Bréfritari: Andrés Kjerúlf
Viðtakandi: Jón Borgfirðings Jónsson
Dagsetning: A-1860-09-30
Skrifað á: Melum  N-Múl.

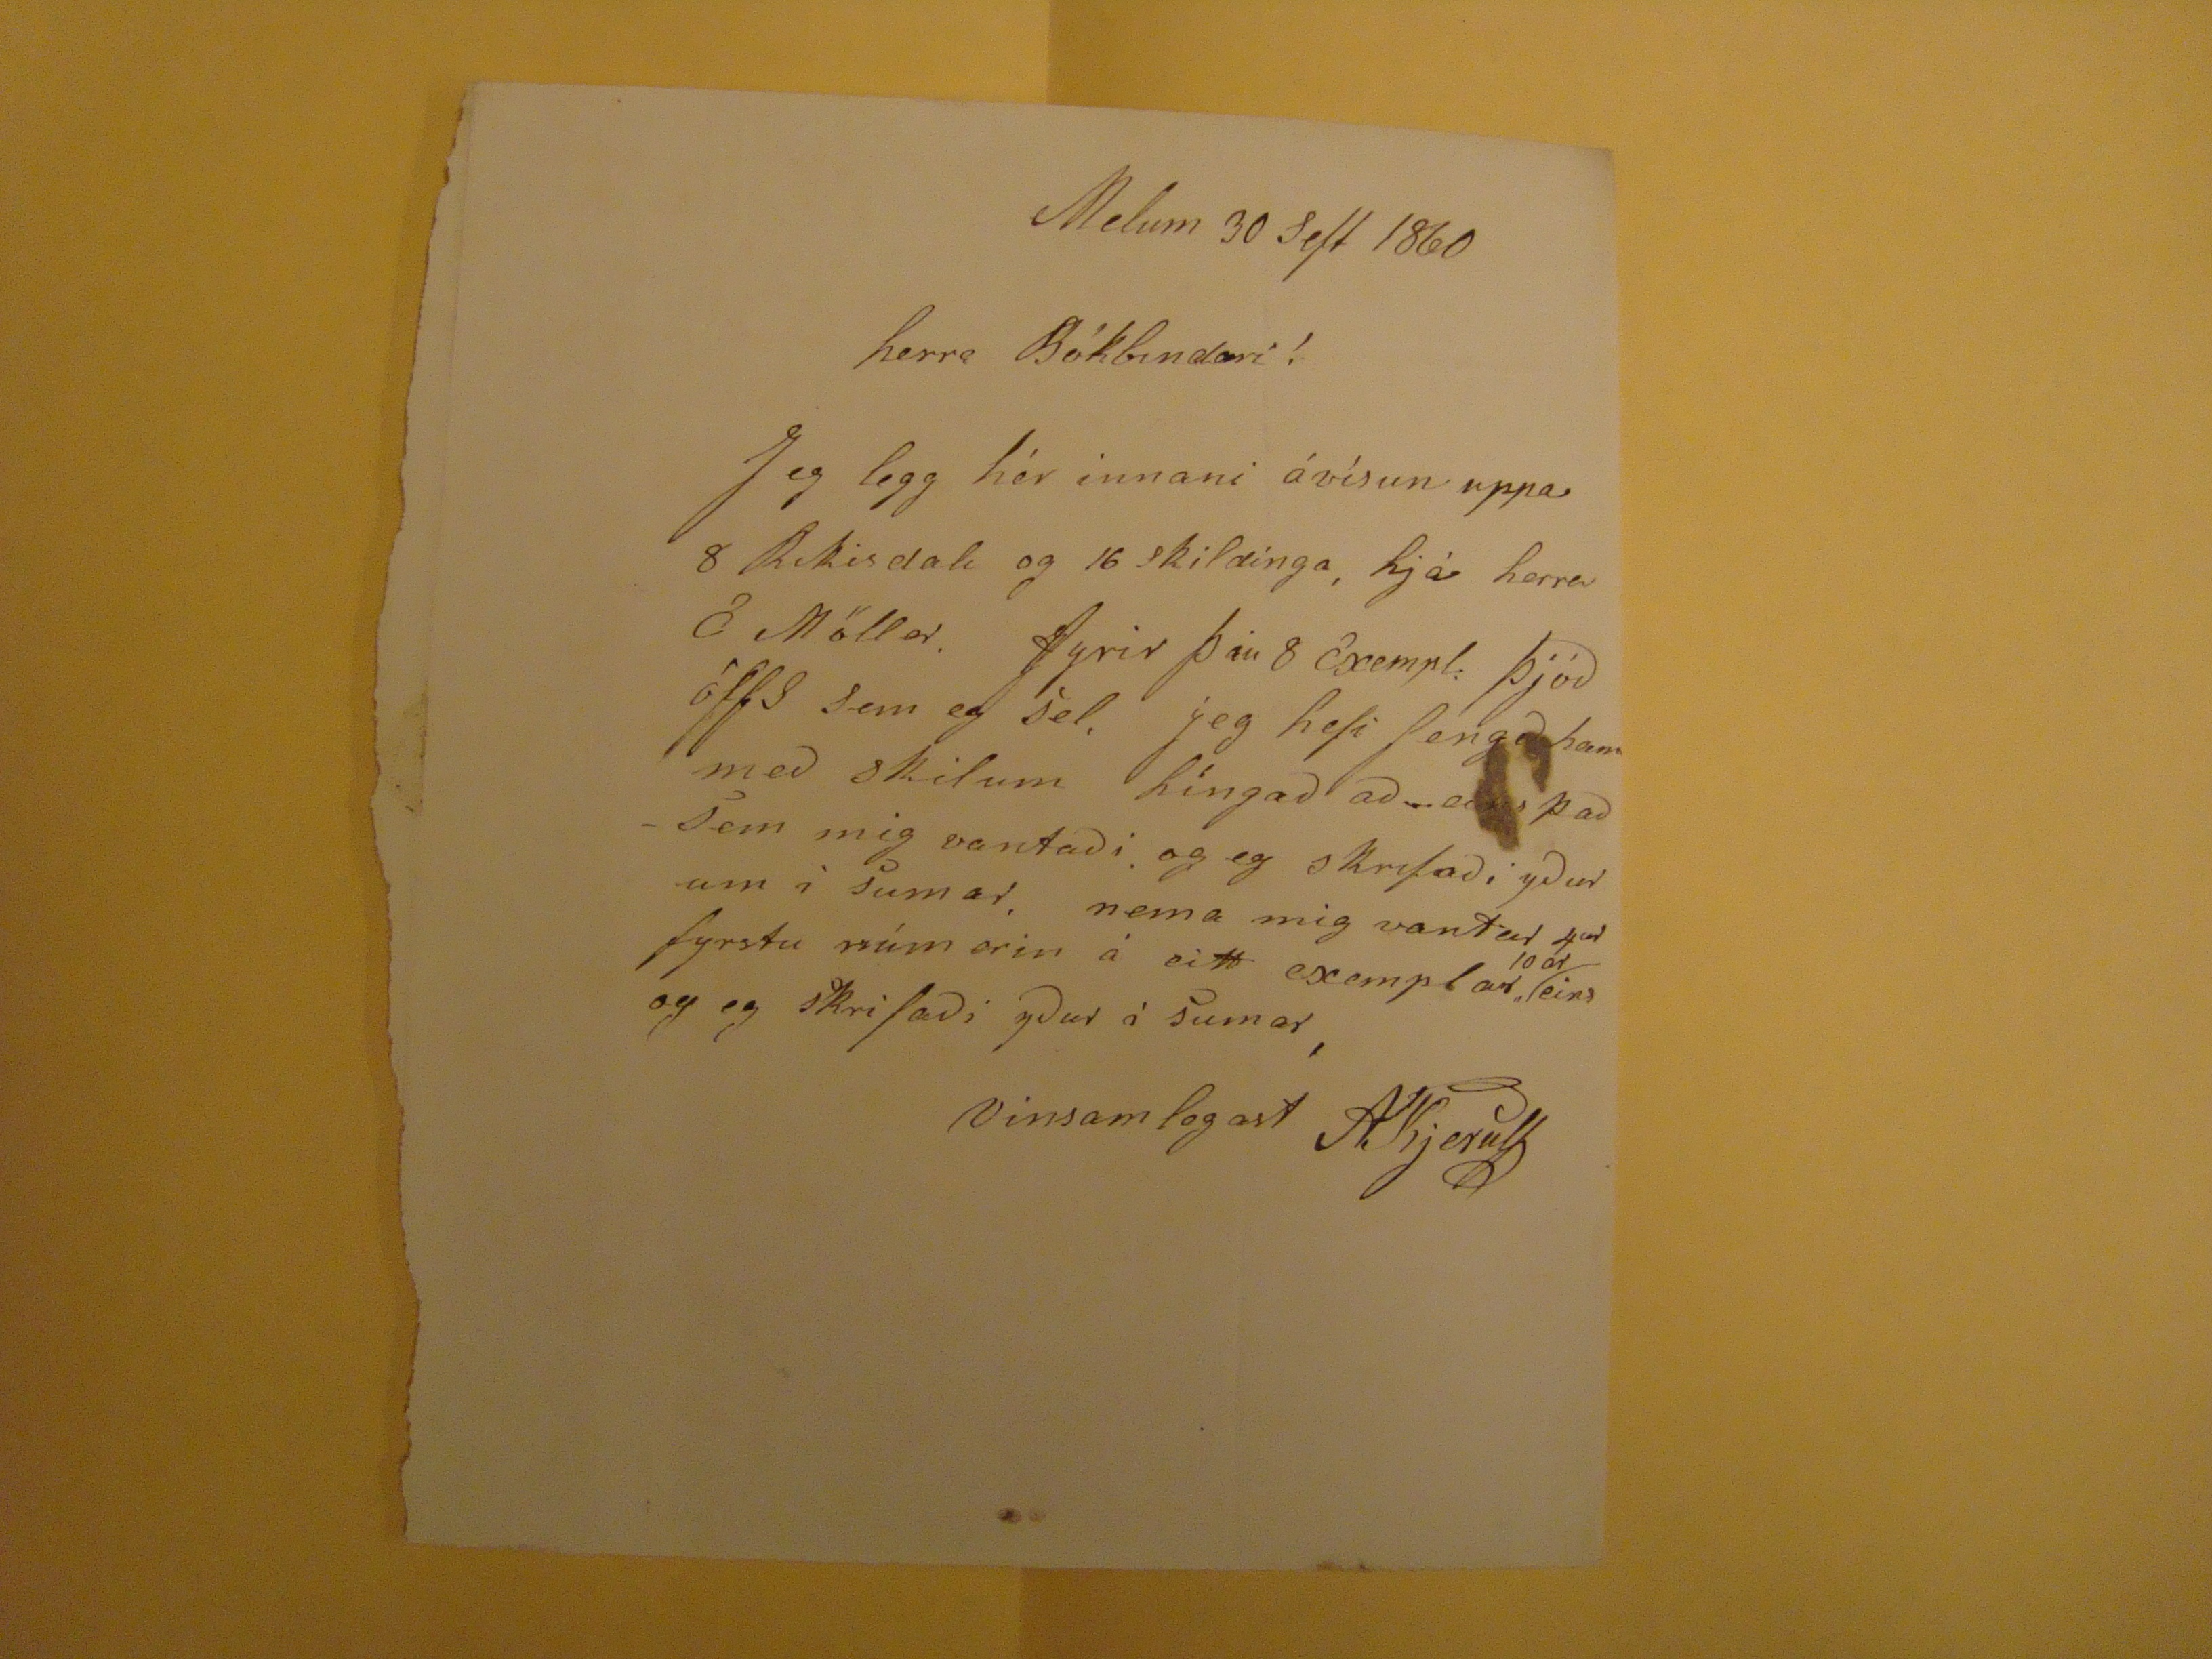

Melum 30 Seft 1860
herra Bókbindari!
Jeg legg hér innani ávísun uppa 8 Rikisdali og 16 skildinga,hjá herra E Möller. Fyrir þau 8 Exempl. Þjóðólfs sem eg sel. Jeg hef fengið hann með skilum híngað að _ eins það sem mig vantaði og eg skrifaði yður um i Sumar, nema mig vantar 4
rd
fyrstu númerin á eitt exemplar
10 ar
eins og eg skrifaði yður í sumar,
Vinsamlegast AKjerulf